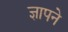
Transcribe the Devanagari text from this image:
ज्ञापने